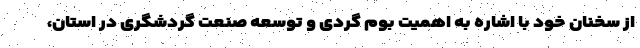
از سخنان خود با اشاره به اهمیت بوم گردی و توسعه صنعت گردشگری در استان،